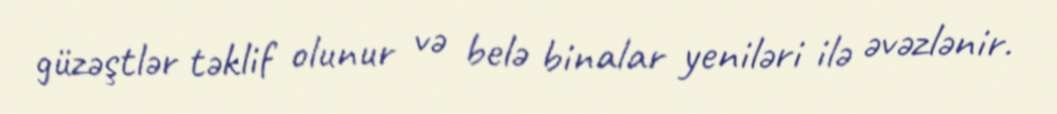
güzəştlər təklif olunur və belə binalar yeniləri ilə əvəzlənir.